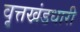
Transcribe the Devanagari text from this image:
वृत्तखंडधारी